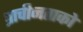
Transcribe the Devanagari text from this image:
प्राचीनताको